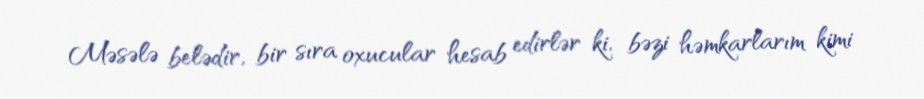
Məsələ belədir, bir sıra oxucular hesab edirlər ki, bəzi həmkarlarım kimi